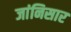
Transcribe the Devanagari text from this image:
जांनिसार